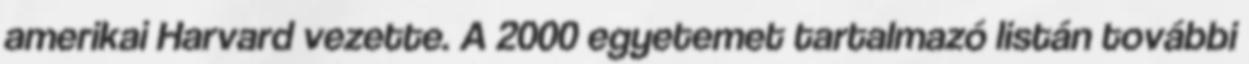
amerikai Harvard vezette. A 2000 egyetemet tartalmazó listán további